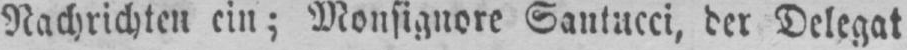
Nachrichten ein; Monsignore Santucci, der Delegat